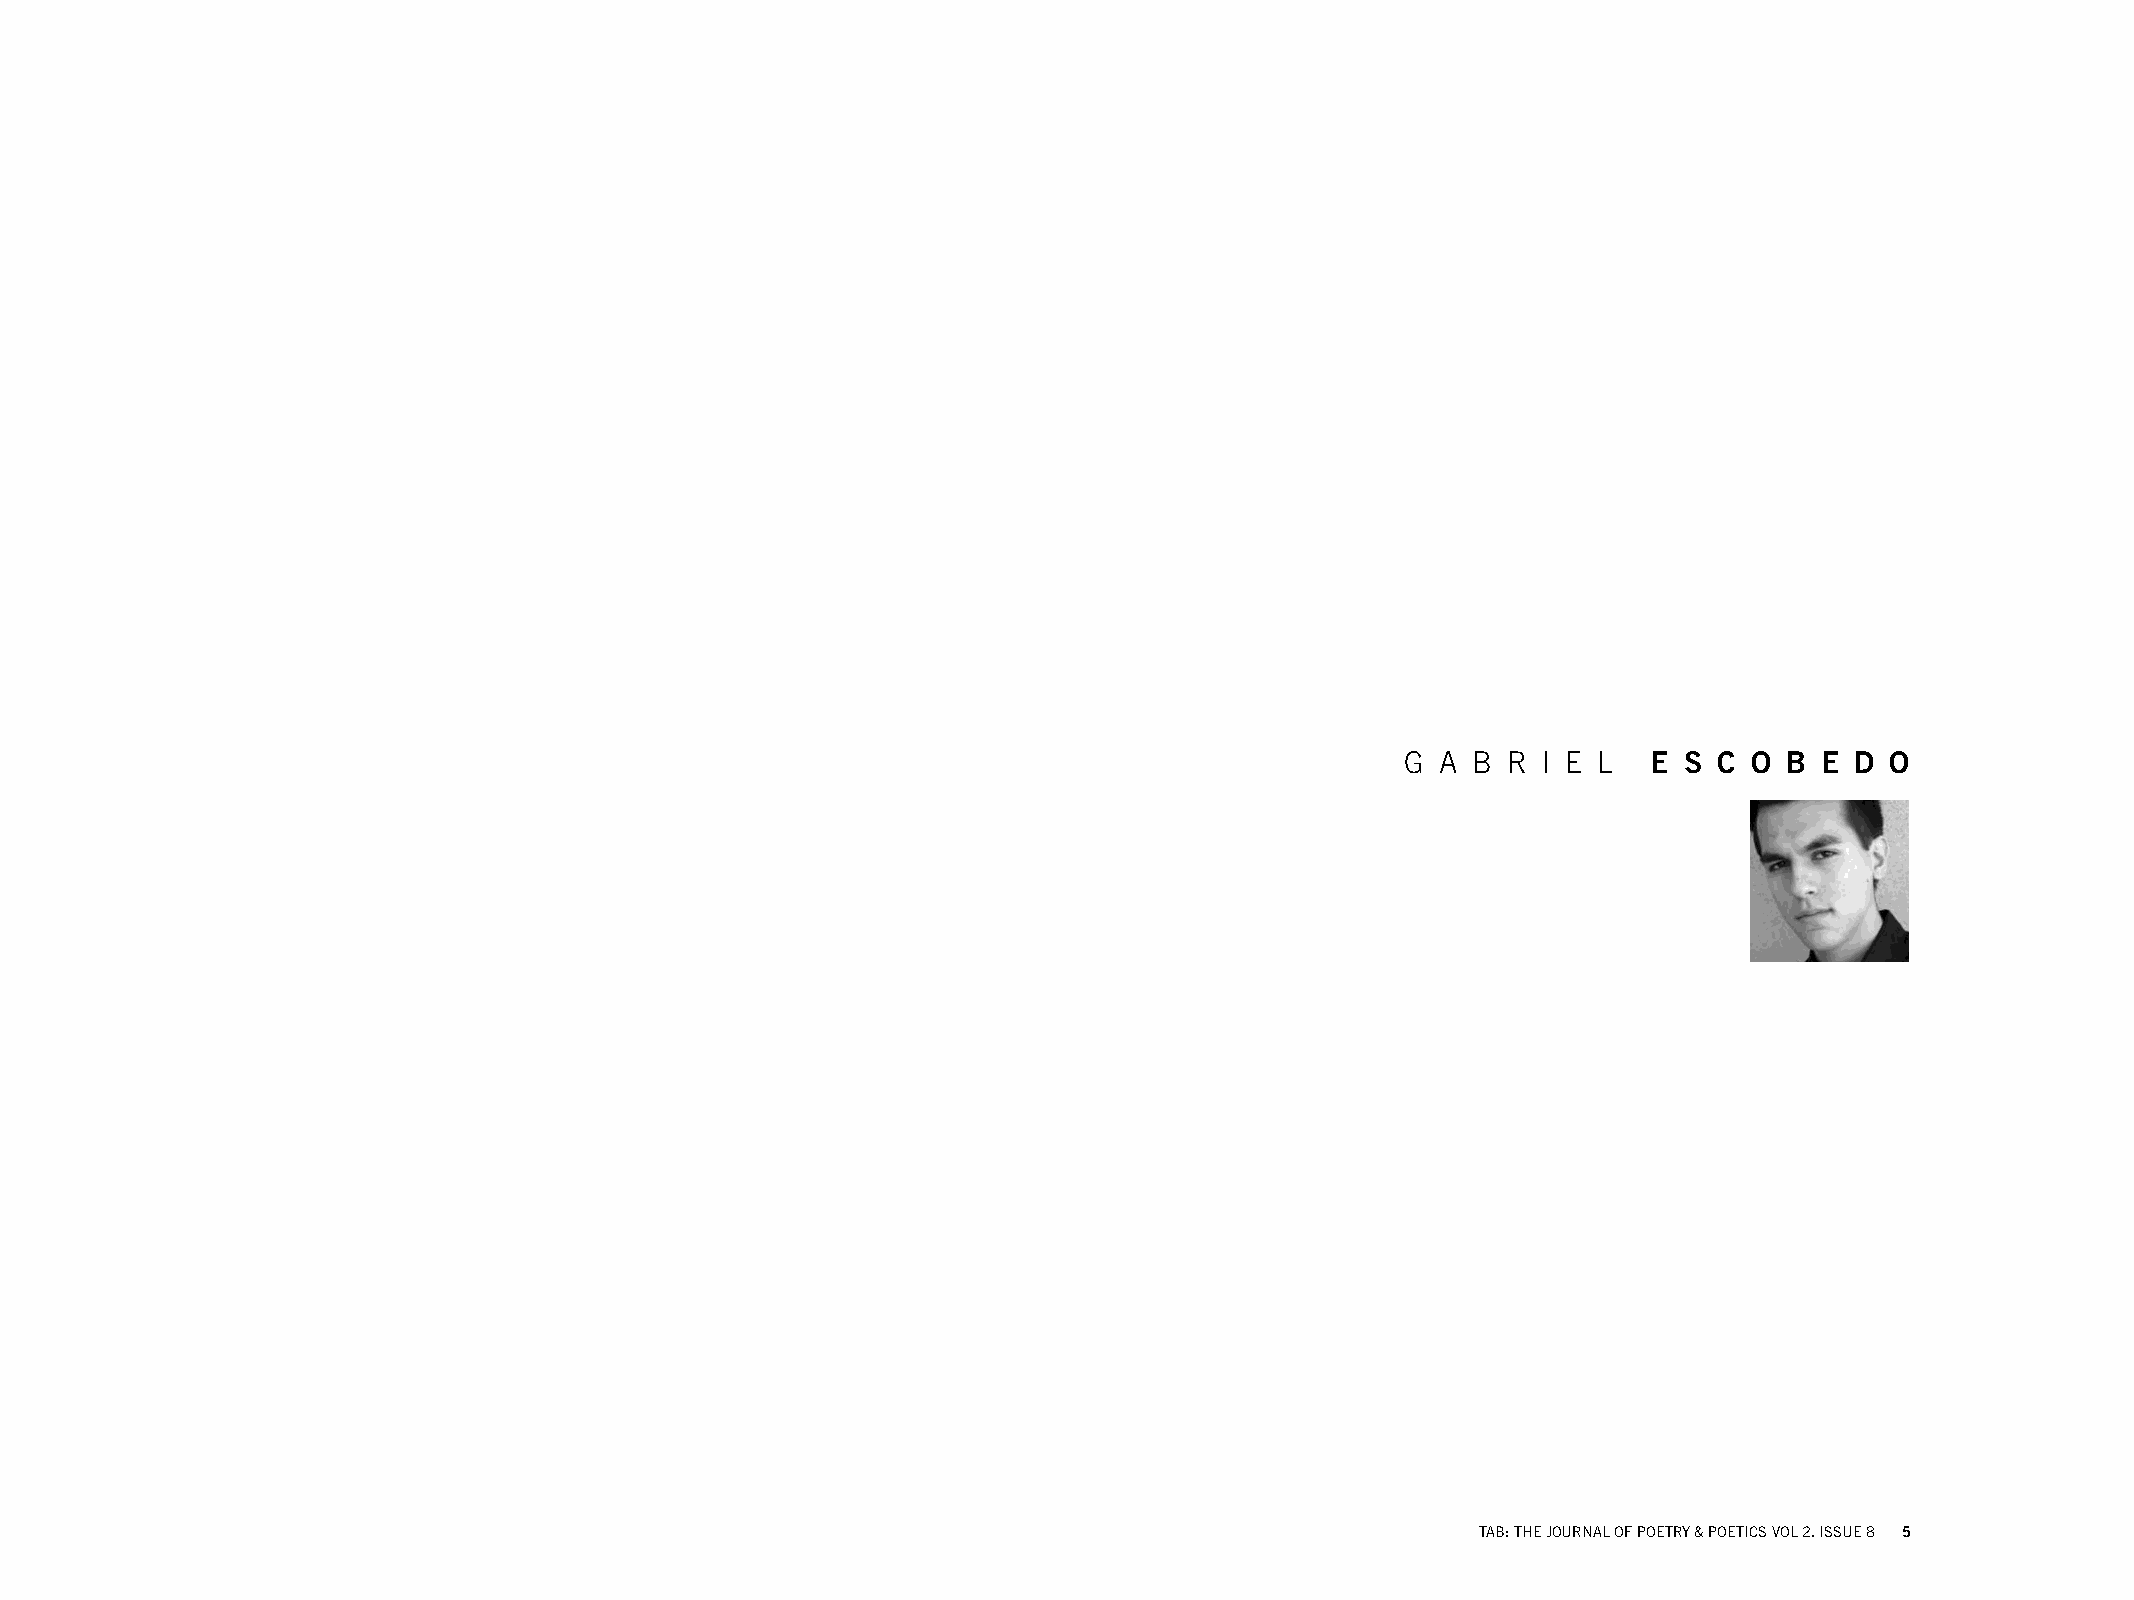
G A B  R I E L  E S  C O B E  D O
 TAB: THE JOURNAL OF POETRY & POETICS VOL 2. ISSUE 8 5